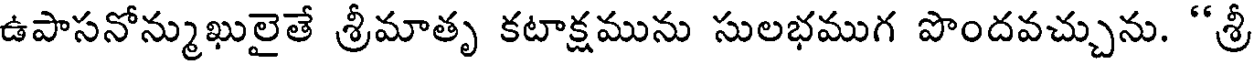
ఉపాసనోన్ముఖులైతే శ్రీమాతృ కటాక్షమును సులభముగ పొందవచ్చును. "శ్రీ